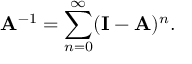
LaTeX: \mathbf { A } ^ { - 1 } = \sum _ { n = 0 } ^ { \infty } ( \mathbf { I } - \mathbf { A } ) ^ { n } .